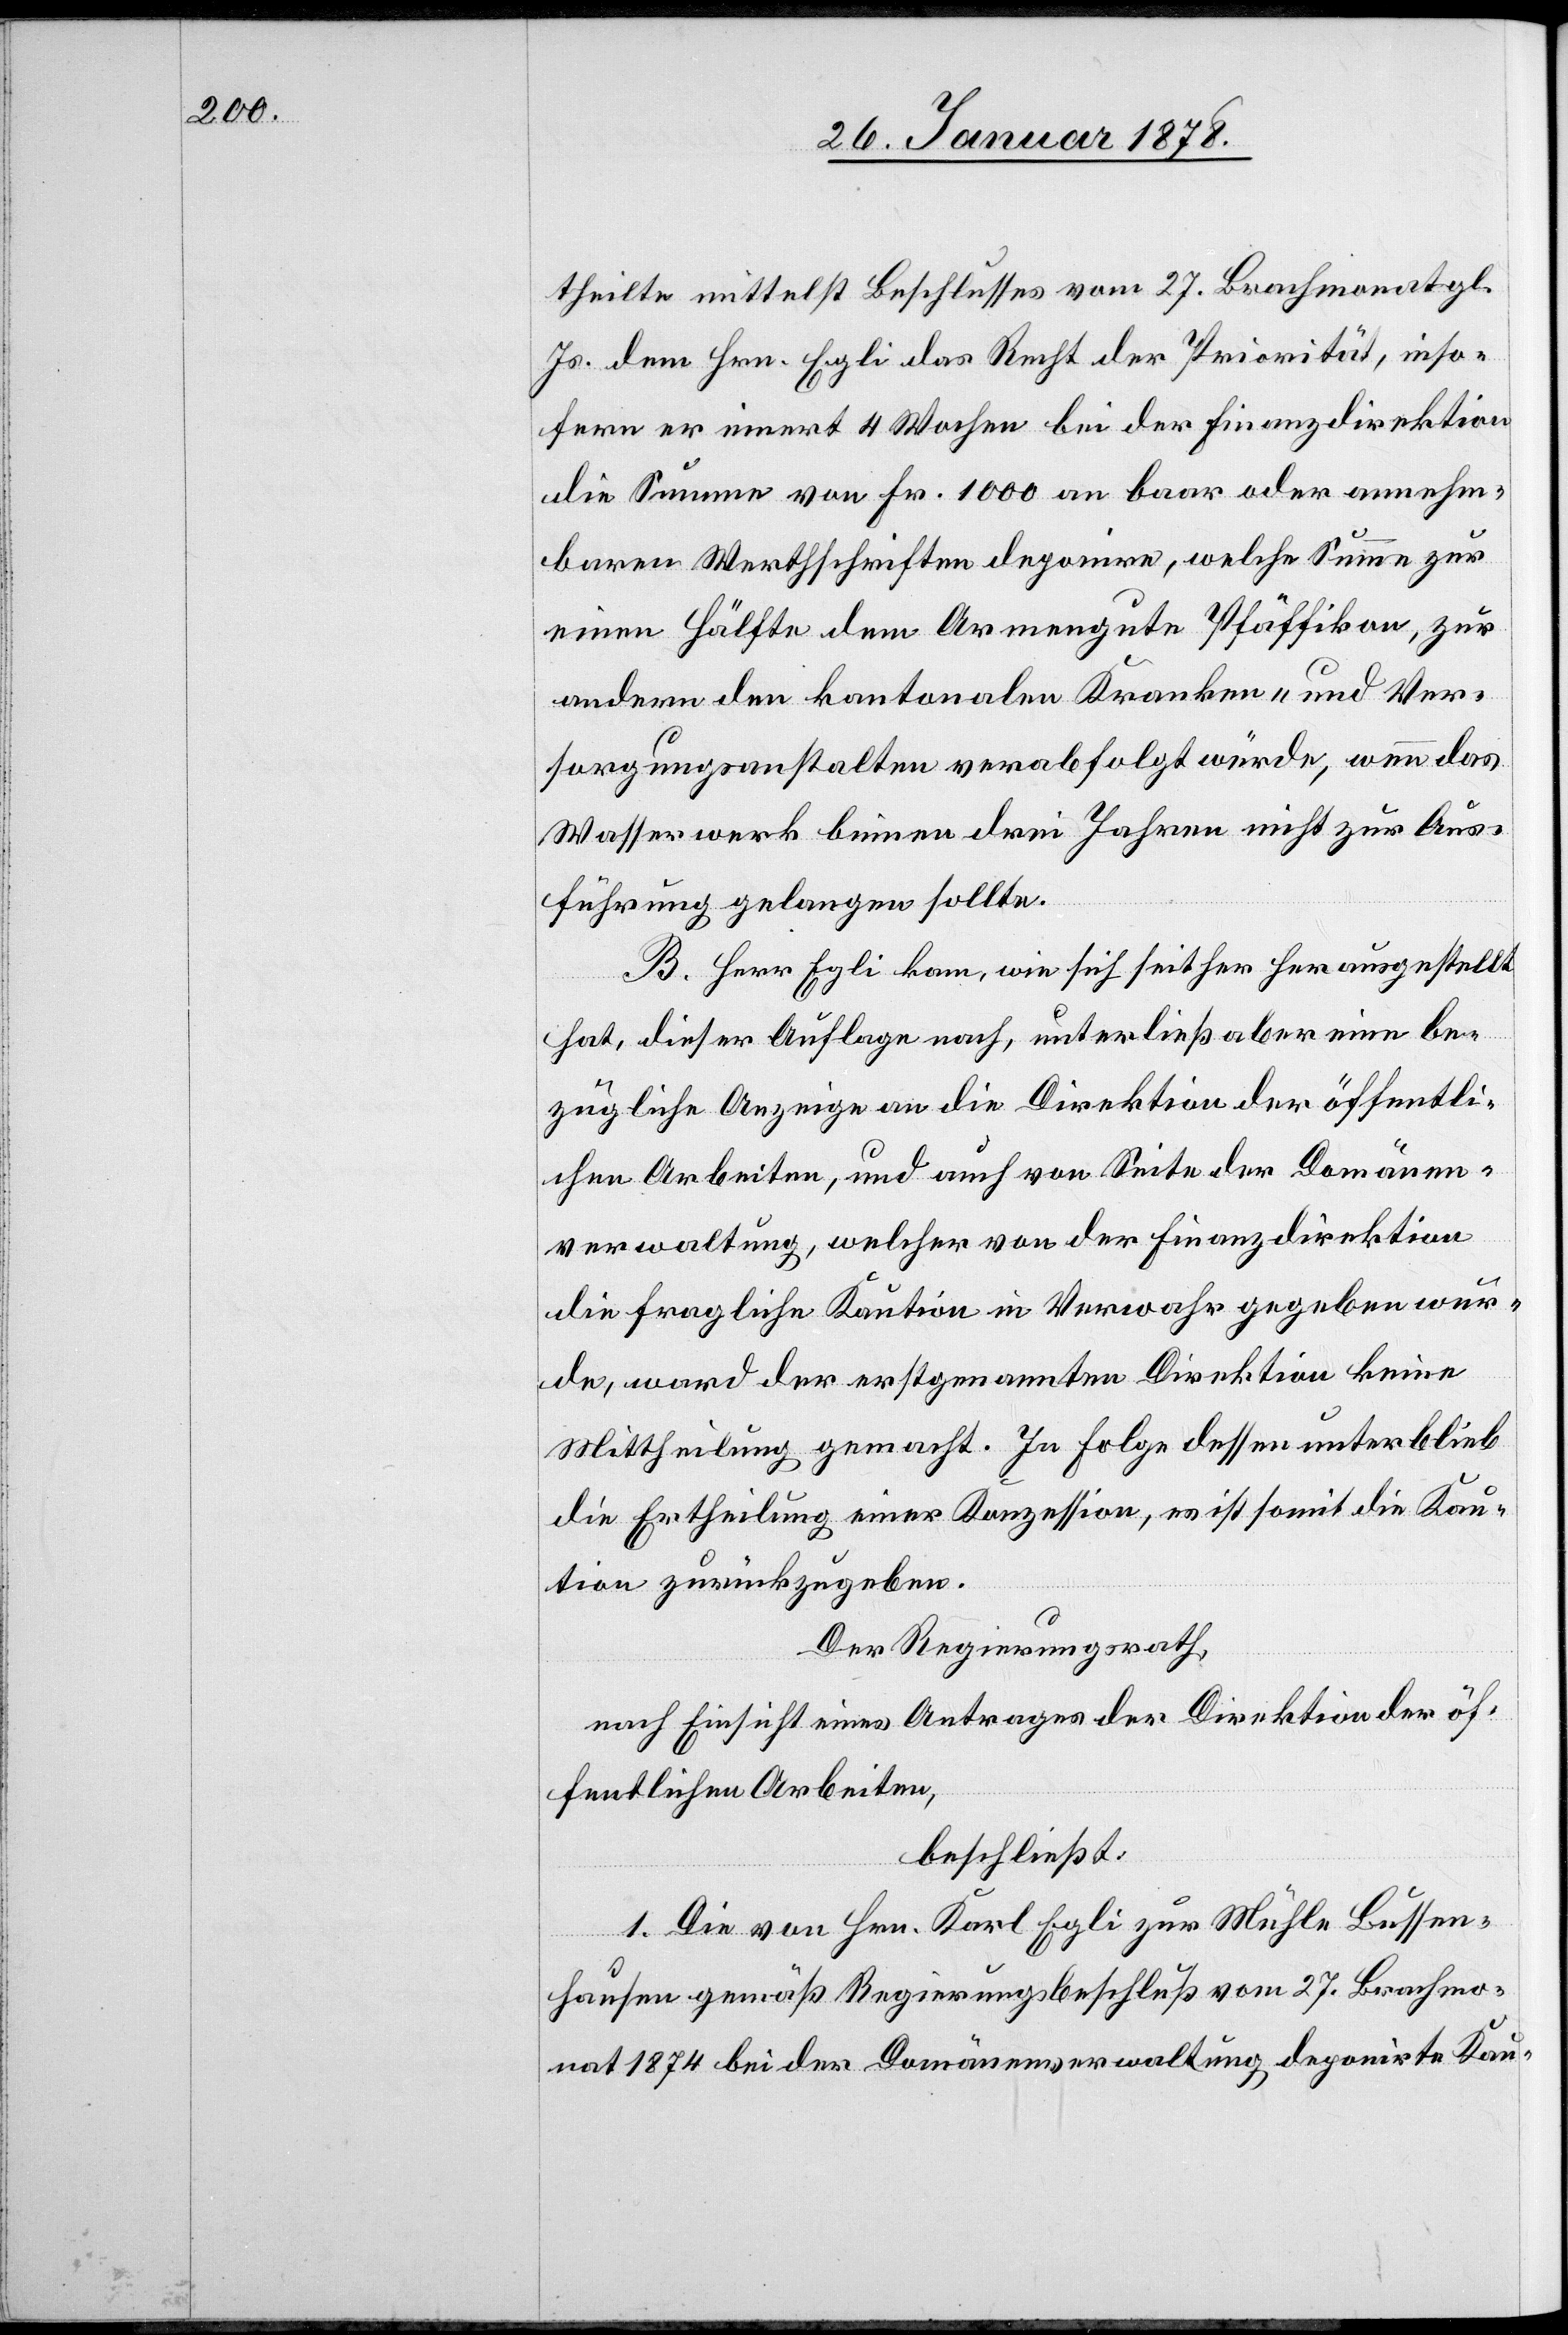
theilte mittelst Beschlusses vom 27. Brachmonat gl.
Js. dem Hrn. Egli das Recht der Priorität, inso¬
fern er innert 4 Wochen bei der Finanzdirektion
die Summe von Fr. 1000 an baar oder annehm¬
baren Werthschriften deponire, welche Summe zur
einen Hälfte dem Armengute Pfäffikon, zur
andern den kantonalen Kranken- und Ver¬
sorgungsanstalten verabfolgt würde, wenn das
Wasserwerk binnen drei Jahren nicht zur Aus¬
führung gelangen sollte.
B. Herr Egli kam, wie sich seither herausgestellt
hat, dieser Auflage nach, unterließ aber eine be¬
zügliche Anzeige an die Direktion der öffentli¬
chen Arbeiten, und auch von Seite der Domänen¬
verwaltung, welcher von der Finanzdirektion
die fragliche Kaution in Verwahr gegeben wur¬
de, ward der erstgenannten Direktion keine
Mittheilung gemacht. In Folge dessen unterblieb
die Ertheilung einer Konzession, es ist somit die Kau¬
tion zurückzugeben.
Der Regierungsrath,
nach Einsicht eines Antrages der Direktion der öf¬
fentlichen Arbeiten,
beschließt:
1. Die von Hrn. Karl Egli zur Mühle Bussen¬
hausen gemäß Regierungsbeschluß vom 27. Brachmo¬
nat 1874 bei der Domänenverwaltung deponirte Kau-